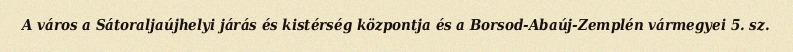
A város a Sátoraljaújhelyi járás és kistérség központja és a Borsod-Abaúj-Zemplén vármegyei 5. sz.